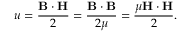
u = { \frac { \mathbf { B } \cdot \mathbf { H } } { 2 } } = { \frac { \mathbf { B } \cdot \mathbf { B } } { 2 \mu } } = { \frac { \mu \mathbf { H } \cdot \mathbf { H } } { 2 } } .